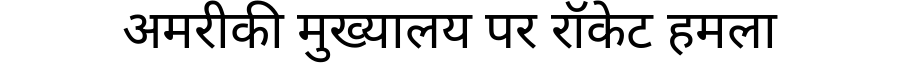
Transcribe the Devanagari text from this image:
अमरीकी मुख्यालय पर रॉकेट हमला